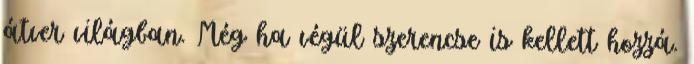
átver világban. Még ha végül szerencse is kellett hozzá.